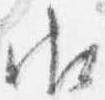
御